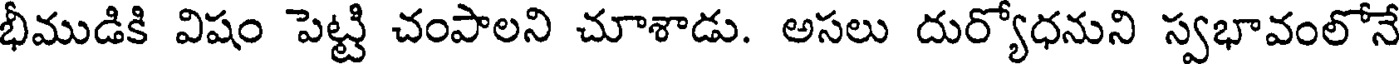
భీముడికి విషం పెట్టి చంపాలని చూశాడు. అసలు దుర్యోధనుని స్వభావంలోనే